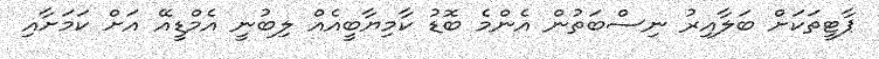
ޕާޓީތަކަށް ބަލާއިރު ނިސްބަތުން އެންމެ ބޮޑު ކާމިޔާބީއެއް ލިބުނީ އެމްޑީއޭ އަށް ކަމަށާއި